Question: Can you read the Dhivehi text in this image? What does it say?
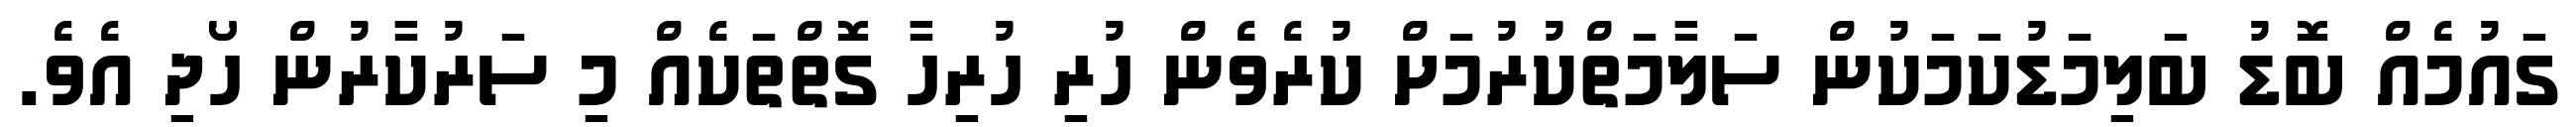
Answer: ގައުމެއް ބޮޑު ބަލިމަޑުކަމަކުން ސަލާމަތްކުރުމަށް ކުރެވެން ހުރި ހުރިހާ ގޮތްތަކެއް މި ސަރުކާރުން ހޯދި އެވެ.